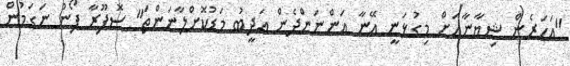
"އަހަރެން ޝިޔާނާއަށް މިގުޅަނީ އޭނާ އަންނަންދެން އަދީބު މަޑުކޮށްލާނަންތަ" ސޮފޫރާ ފޯނު ނަގަމުން